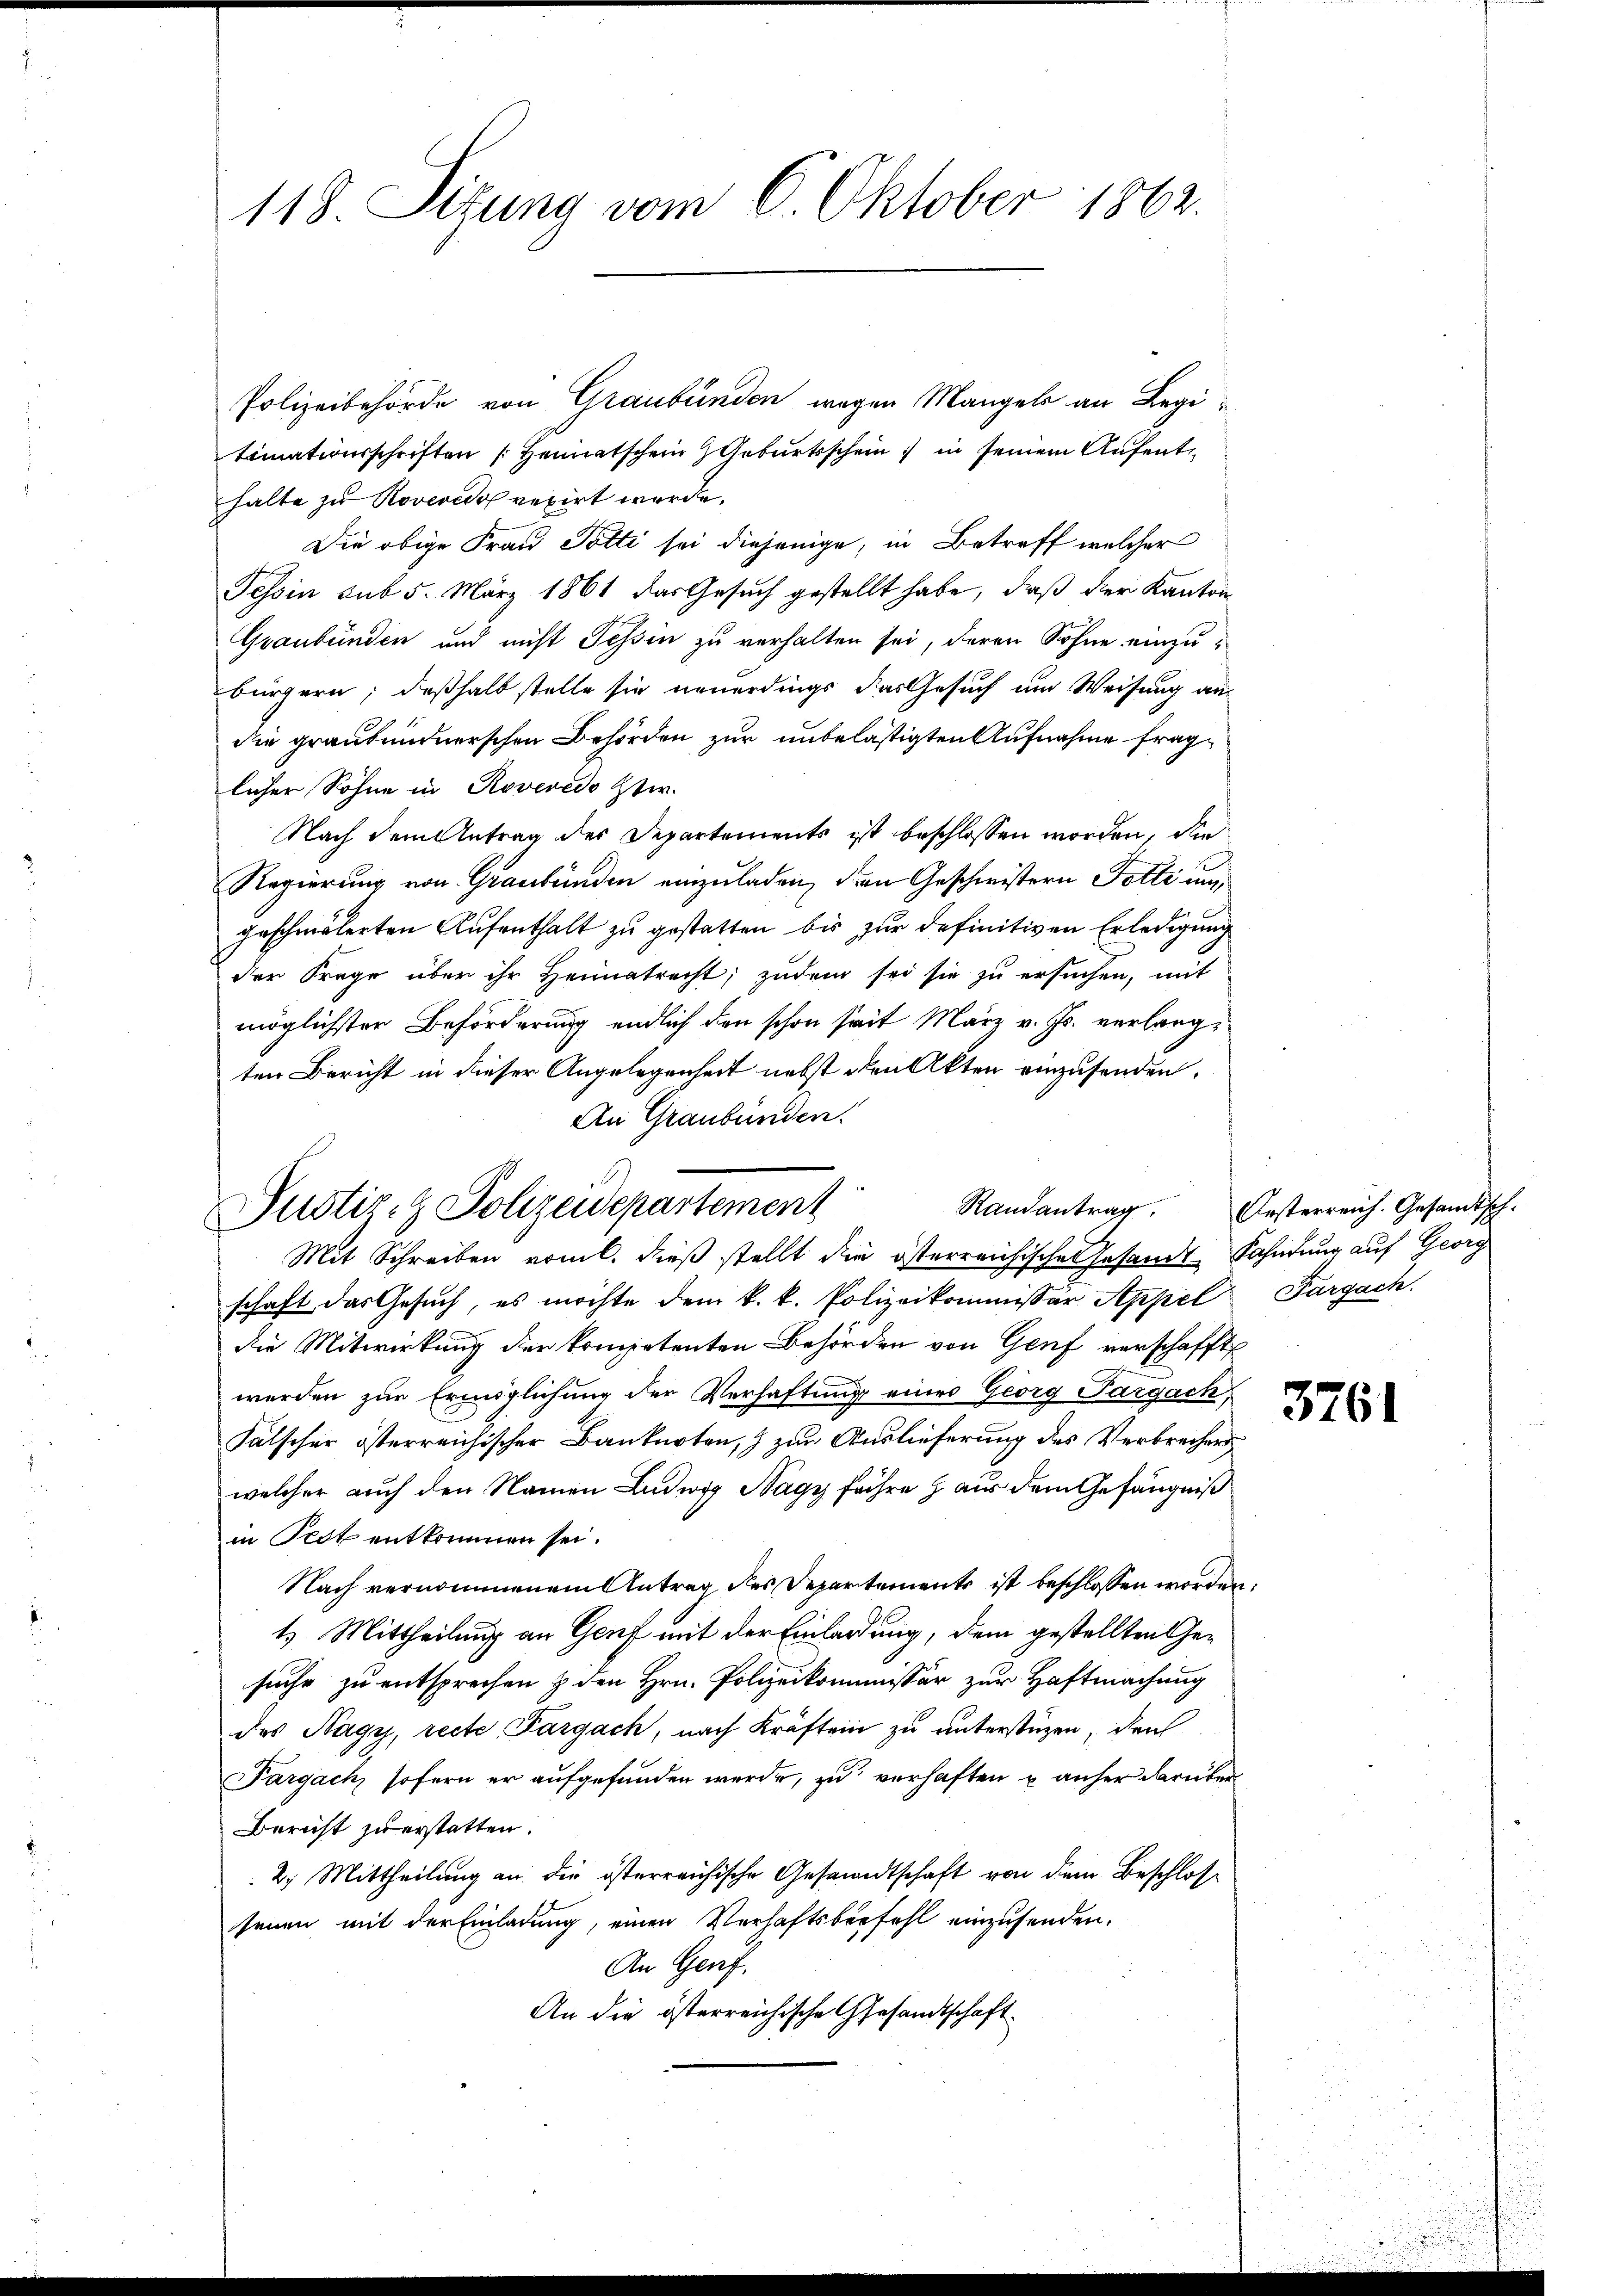
118. Sitzung vom 6. Oktober 1862.

Polizeibehörde von Graubünden wegen Mangel an Legitimationsschriften Heimatschein Geburtsschein in seinem Aufenthalte zu Roveredsp rexirt wurde.
Die obige Frau Potti sei diejenige, in Betreff welcher
Tessin sub 5. März 1861 das Gesuch gestellt habe, daß der Kanton
Graubünden und nicht Tessin zu verhalten sei, deren Söhne einzubürgern; deßhalb stelle sie neuerdings das Gesuch um Weisung andie graubündnerschen Behörden zur unbelästigten Aufnahme fraglicher Söhne in Roveredo ster.
Nach dem Antrag des Departements ist beschlossen worden, die
Regierung von Graubünden einzuladen, den Geschwistern Totti um
geschmälerten Aufenthalt zu gestatten bis zur definitiven Erledigung
der Frage über ihr Heimatracht; zudem sei sie zu ersuchen, mit
möglichster Beförderung endlich den schon seit März v. Js. verlangten Bericht in dieser Angelegenheit nebst den Akten einzusenden.
An Graubünden.
Mit Schreiben vom l. dieß stellt die österreichisches Gesandt Sahndung auf Georg
schaft das Gesuch, es möchte dem k. k. Polizeikommissär Appel Pargach.
die Mitwirkung der kompetenten Behörden von Genf verschafft
werden zur Ermöglichung der Verhaftung eines Georg Pargach,
Fälscher österreichischer Banknoten,) zum Auslieferung des Verbrecherswelcher auch den Namen Ludwig Nagy fahre aus dem Gefängniß
in Prot entkommen sei.
Nach vernommenem Antrag des Departements ist beschlossen worden.
1. Mittheilung an Genf mit der Einladung, dem gestellten Gesuche zu entsprechen & den Hrn. Polizeikommissär zur Haftmachung
des Nagy, recte, Fargach, nach Kräften zu unterstüzen, den
Pargach, sofern er aufgefunden werde, zu verhaften u anher darüber
Bericht zu erstatten.
2. Mittheilung an die österreichische Gesandtschaft von dem Beschlossenen mit der Einladung, einen Verhaftsbefehl einzusenden.
An Genf.
An die österreichische Gesandtschaft

Justiz- & Polizeidepartement

Randantrag.

Orsterreich. Gesandtsch.

3761